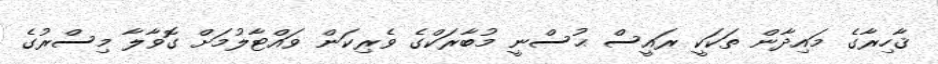
ޤާހިރާގެ މައިދާން ތަކަކީ ރައީސް ޙުސްނީ މުބާރަކްގެ ވެރިކަން ވައްޓާލުމަށް ގޮވާލާ މިސްރުގެ